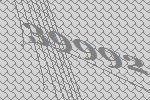
39992